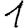
Digit: 1